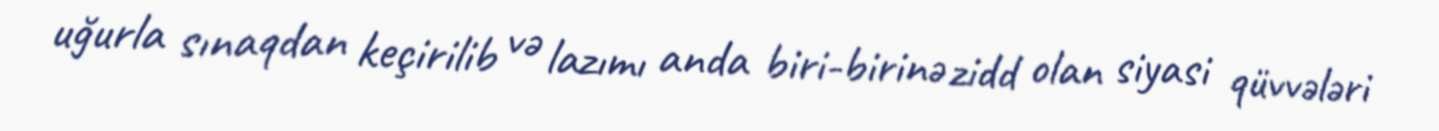
uğurla sınaqdan keçirilib və lazımı anda biri-birinə zidd olan siyasi qüvvələri